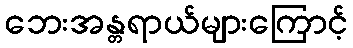
ဘေးအန္တရာယ်များကြောင့်